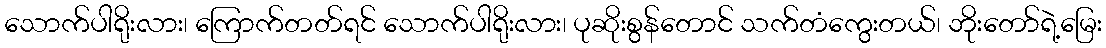
သောက်ပါရိုးလား၊ ကြောက်တတ်ရင် သောက်ပါရိုးလား၊ ပုဆိုးစွန်တောင် သက်တံကွေးတယ်၊ ဘိုးတော်ရဲ့မြေး